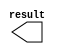
module one (
	result)/* synthesis synthesis_clearbox = 1 */;

	output	[31:0]  result;

endmodule